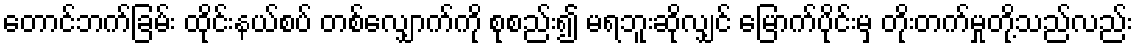
တောင်ဘက်ခြမ်း ထိုင်းနယ်စပ် တစ်လျှောက်ကို စုစည်း၍ မရဘူးဆိုလျှင် မြောက်ပိုင်းမှ တိုးတက်မှုတို့သည်လည်း